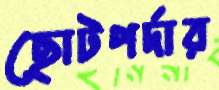
ছোটপর্দার